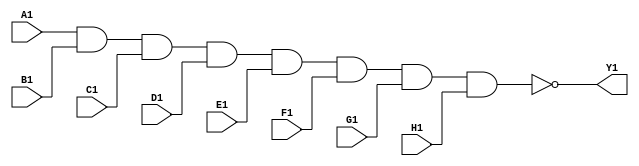
module mod_7430 (
	input A1, input B1, input C1, input D1, input E1, input F1, input G1, input H1, output Y1
);
	assign Y1 = !(A1 & B1 & C1 & D1 & E1 & F1 & G1 & H1);
endmodule